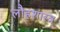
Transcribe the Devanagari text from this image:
लौहशास्त्र